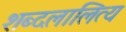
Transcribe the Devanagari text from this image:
शब्दलालित्य